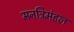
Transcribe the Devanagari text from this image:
मनत्रिमंडल